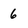
Character: 6